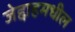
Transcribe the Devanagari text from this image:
जेद्दाहमधील